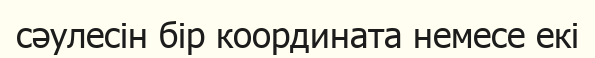
сәулесін бір координата немесе екі